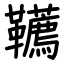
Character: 韉